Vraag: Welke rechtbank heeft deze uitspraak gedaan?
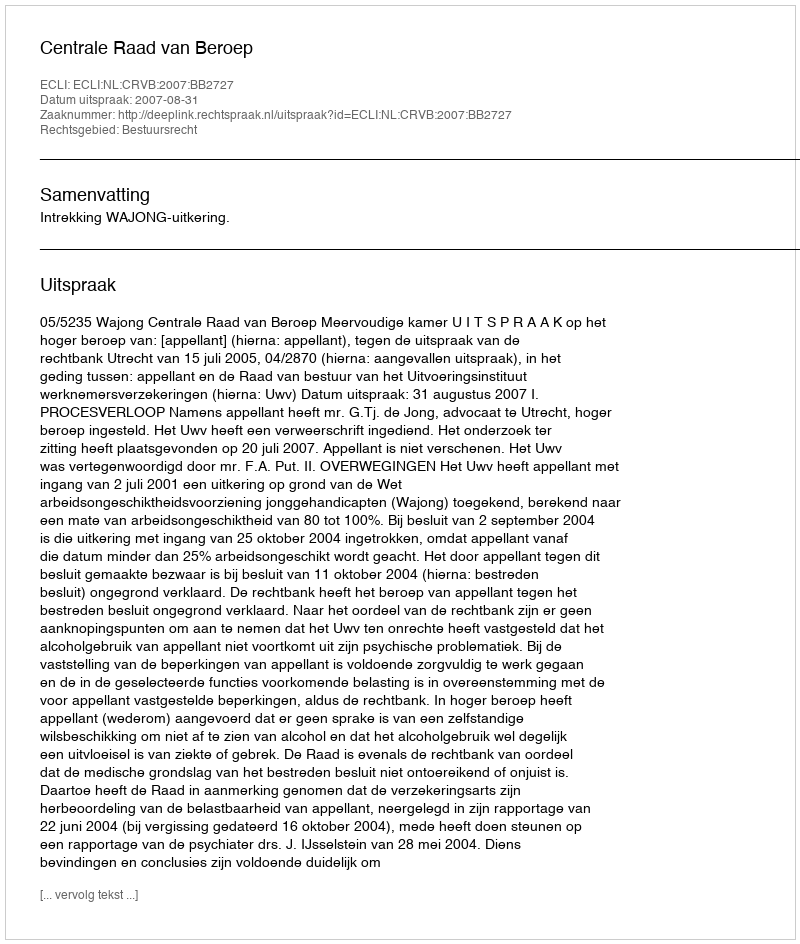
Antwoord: Centrale Raad van Beroep